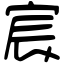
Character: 宸